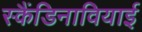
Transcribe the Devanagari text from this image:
स्कैंडिनावियाई